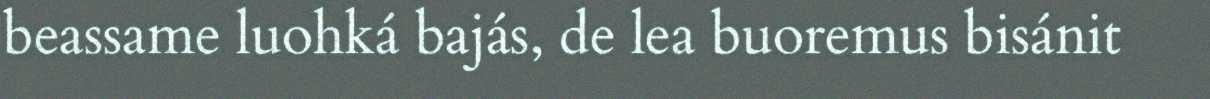
beassame luohká bajás, de lea buoremus bisánit